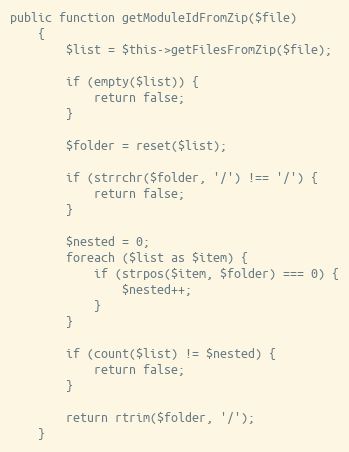
Language: PHP
public function getModuleIdFromZip($file)
    {
        $list = $this->getFilesFromZip($file);

        if (empty($list)) {
            return false;
        }

        $folder = reset($list);

        if (strrchr($folder, '/') !== '/') {
            return false;
        }

        $nested = 0;
        foreach ($list as $item) {
            if (strpos($item, $folder) === 0) {
                $nested++;
            }
        }

        if (count($list) != $nested) {
            return false;
        }

        return rtrim($folder, '/');
    }